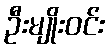
ဦးမျိုးဝင်း